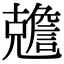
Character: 𠓏